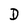
Character: D